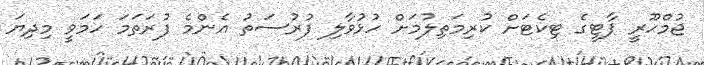
ޖުމްހޫރީ ޕާޓީގެ ޓިކެޓަށް ކުރިމަތިލުމަށް ހުޅުވާލި ފުރުސަތު އެންމެ ފުރަތަމަ ހަމަވީ މިދިޔަ